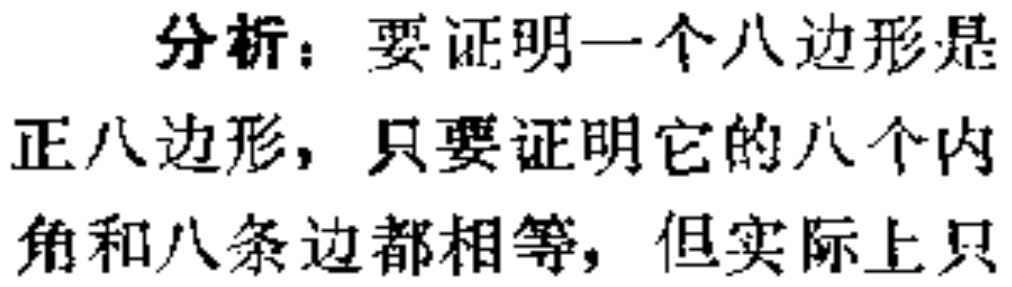
分析：要证明一个八边形是正八边形，只要证明它的八个内角和八条边都相等，但实际上只